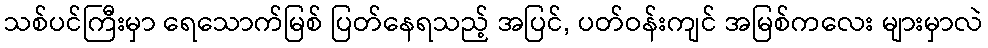
သစ်ပင်ကြီးမှာ ရေသောက်မြစ် ပြတ်နေရသည့် အပြင်, ပတ်ဝန်းကျင် အမြစ်ကလေး များမှာလဲ